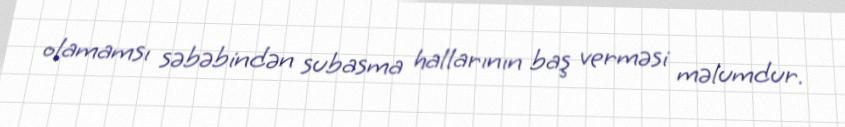
olamamsı səbəbindən subasma hallarının baş verməsi məlumdur.